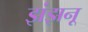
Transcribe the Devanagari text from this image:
झंझनू